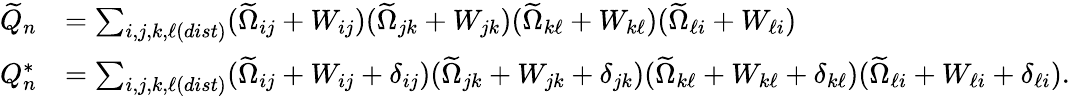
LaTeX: \begin{array}{rl}{\widetilde{Q}_{n}}&{=\sum_{i,j,k,\ell(dist)}(\widetilde{\Omega}_{ij}+W_{ij})(\widetilde{\Omega}_{jk}+W_{jk})(\widetilde{\Omega}_{k\ell}+W_{k\ell})(\widetilde{\Omega}_{\ell i}+W_{\ell i})}\\ {Q_{n}^{*}}&{=\sum_{i,j,k,\ell(dist)}(\widetilde{\Omega}_{ij}+W_{ij}+\delta_{ij})(\widetilde{\Omega}_{jk}+W_{jk}+\delta_{jk})(\widetilde{\Omega}_{k\ell}+W_{k\ell}+\delta_{k\ell})(\widetilde{\Omega}_{\ell i}+W_{\ell i}+\delta_{\ell i}).}\end{array}